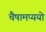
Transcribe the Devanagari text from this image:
चैषामप्ययो